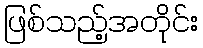
ဖြစ်သည့်အတိုင်း